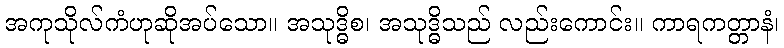
အကုသိုလ်ကံဟုဆိုအပ်သော။ အသုဒ္ဓိစ၊ အသုဒ္ဓိသည် လည်းကောင်း။ ကာရကတ္တာနံ၊